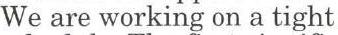
We are working on a tight